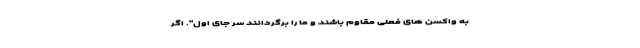
به واکسن ‌های فعلی مقاوم باشند و ما را برگردانند سر جای اول". اگر